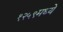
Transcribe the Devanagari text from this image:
१२५९मध्ये